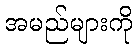
အမည်များကို